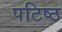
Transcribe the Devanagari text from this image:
पटिष्ठ